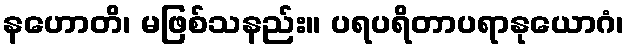
နဟောတိ၊ မဖြစ်သနည်း။ ပရပရိတာပရာနုယောဂံ၊